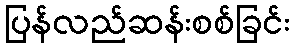
ပြန်လည်ဆန်းစစ်ခြင်း